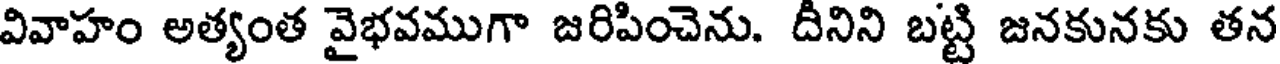
వివాహం అత్యంత వైభవముగా జరిపించెను. దీనిని బట్టి జనకునకు తన